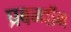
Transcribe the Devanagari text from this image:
प्रबन्धॉम